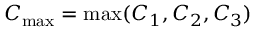
C _ { \mathrm { m a x } } = \operatorname* { m a x } ( C _ { 1 } , C _ { 2 } , C _ { 3 } )